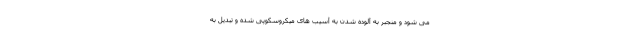
می شود و منجبر به آلوده شدن به آسیب های میکروسکوپی شده و تبدیل به